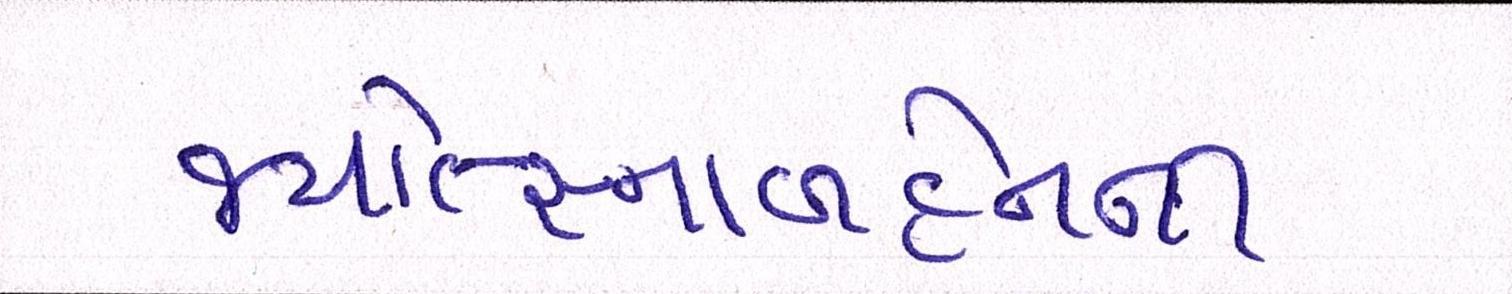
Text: જ્યોત્સ્નાબહેનની